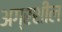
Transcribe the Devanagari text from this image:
अग्रशील